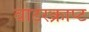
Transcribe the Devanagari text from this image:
वाटरक्राप्ट